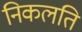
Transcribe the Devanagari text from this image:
निकलति